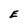
Character: E